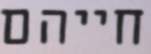
חייהם